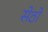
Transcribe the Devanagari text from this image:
सेठो